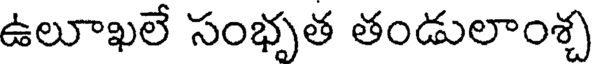
ఉలూఖలే సంభృత తండులాంశ్చ